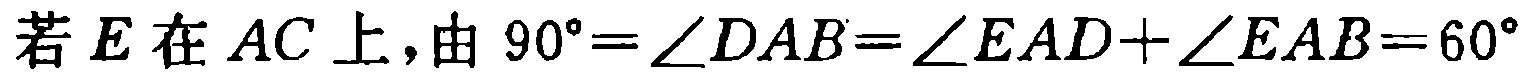
若 \(E\) 在 \(AC\) 上，由 \(90^{\circ}=\angle DAB=\angle EAD+\angle EAB = 60^{\circ}\)